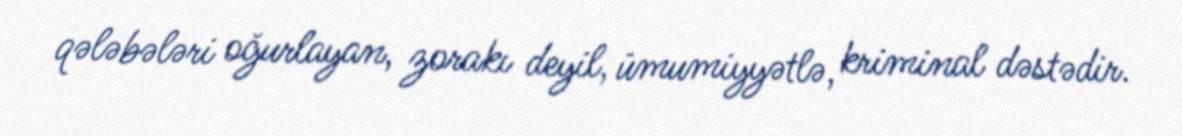
qələbələri oğurlayan, zorakı deyil, ümumiyyətlə, kriminal dəstədir.